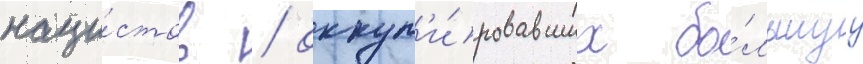
наци́стов / оккуп'и́ровавших бо́льшуу